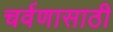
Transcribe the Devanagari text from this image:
चर्वणासाठी